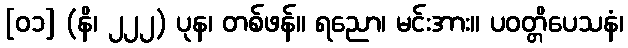
[၀၁] (နိ၊ ၂၂၂) ပုန၊ တစ်ဖန်။ ရညော၊ မင်းအား။ ပဝတ္တိပေသနံ၊